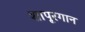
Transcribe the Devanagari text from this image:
शापूरगान